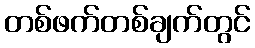
တစ်ဖက်တစ်ချက်တွင်